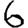
Digit: 6